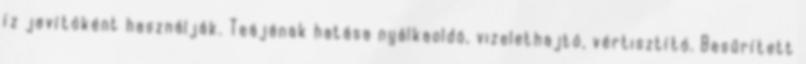
íz javítóként használják. Teájának hatása nyálkaoldó, vizelethajtó, vértisztító. Besűrített